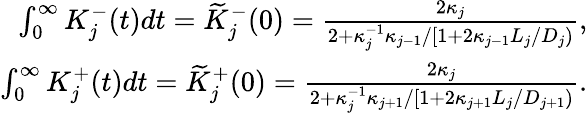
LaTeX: \begin{array}{r}{\int_{0}^{\infty}K_{j}^{-}(t)dt=\widetilde{K}_{j}^{-}(0)=\frac{2\kappa_{j}}{2+\kappa_{j}^{-1}\kappa_{j-1}/[1+2\kappa_{j-1}L_{j}/D_{j})},}\\ {\int_{0}^{\infty}K_{j}^{+}(t)dt=\widetilde{K}_{j}^{+}(0)=\frac{2\kappa_{j}}{2+\kappa_{j}^{-1}\kappa_{j+1}/[1+2\kappa_{j+1}L_{j}/D_{j+1})}.}\end{array}